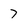
Character: 7